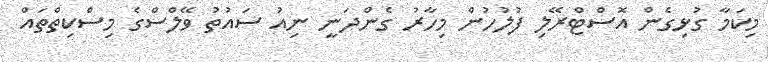
މިކަމާ ގުޅިގެން އޮސްޓްރޭލި ފުލުހުން މިހާރު ގެންދަނީ ނިއު ސައުތު ވޭލްސްގެ މިސްކިތްތައް